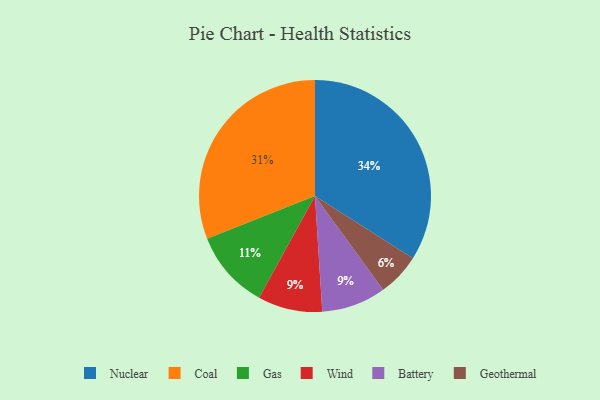
{"axis": {"x": "Category", "y": "Percentage"}, "legend": ["Battery", "Coal", "Gas", "Geothermal", "Nuclear", "Wind"], "data": [{"x": "Nuclear", "y": 34, "type": "Nuclear"}, {"x": "Wind", "y": 9, "type": "Wind"}, {"x": "Geothermal", "y": 6, "type": "Geothermal"}, {"x": "Coal", "y": 31, "type": "Coal"}, {"x": "Battery", "y": 9, "type": "Battery"}, {"x": "Gas", "y": 11, "type": "Gas"}]}